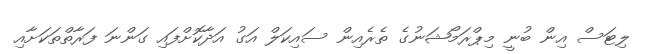
ލިޓަސް އިން ބުނީ މިޕްރަމޯޝަނުގެ ތެރެއިން ސައިކަލް އަގު އަދާކޮށްފައި ގަންނަ ފަރާތްތަކަށާއި